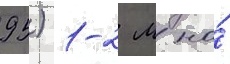
95) 1-2 м на́